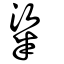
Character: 粱